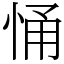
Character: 悀